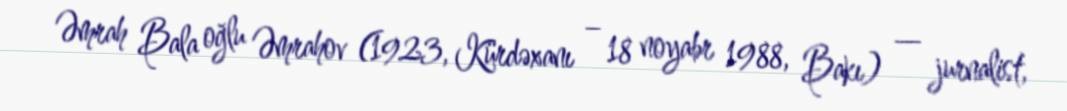
Əmrah Bala oğlu Əmrahov (1923, Kürdəxanı – 18 noyabr 1988, Bakı) — jurnalist,